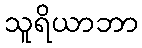
သူရိယာဘာ